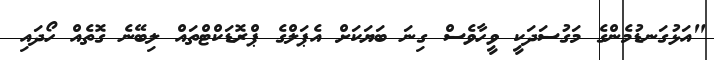
"އަޅުގަނޑުމެންގެ މަގުސަދަކީ ވީހާވެސް ގިނަ ބަޔަކަށް އެޕަލްގެ ޕްރޮޑަކްޓްތައް ލިބޭނެ ގޮތެއް ހޯދައި